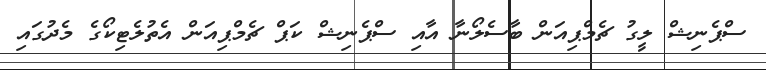
ސްޕެނިޝް ލީގު ޗެމްޕިއަން ބާސެލޯނާ އާއި ސްޕެނިޝް ކަޕް ޗެމްޕިއަން އެތުލެޓިކޯގެ މެދުގައި